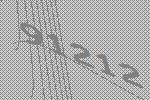
91212